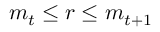
m _ { t } \leq r \leq m _ { t + 1 }